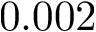
0 . 0 0 2